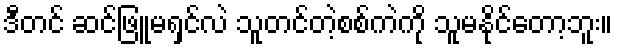
ဒီတင် ဆင်ဖြူမရှင်လဲ သူတင်တဲ့စစ်ကဲကို သူမနိုင်တော့ဘူး။